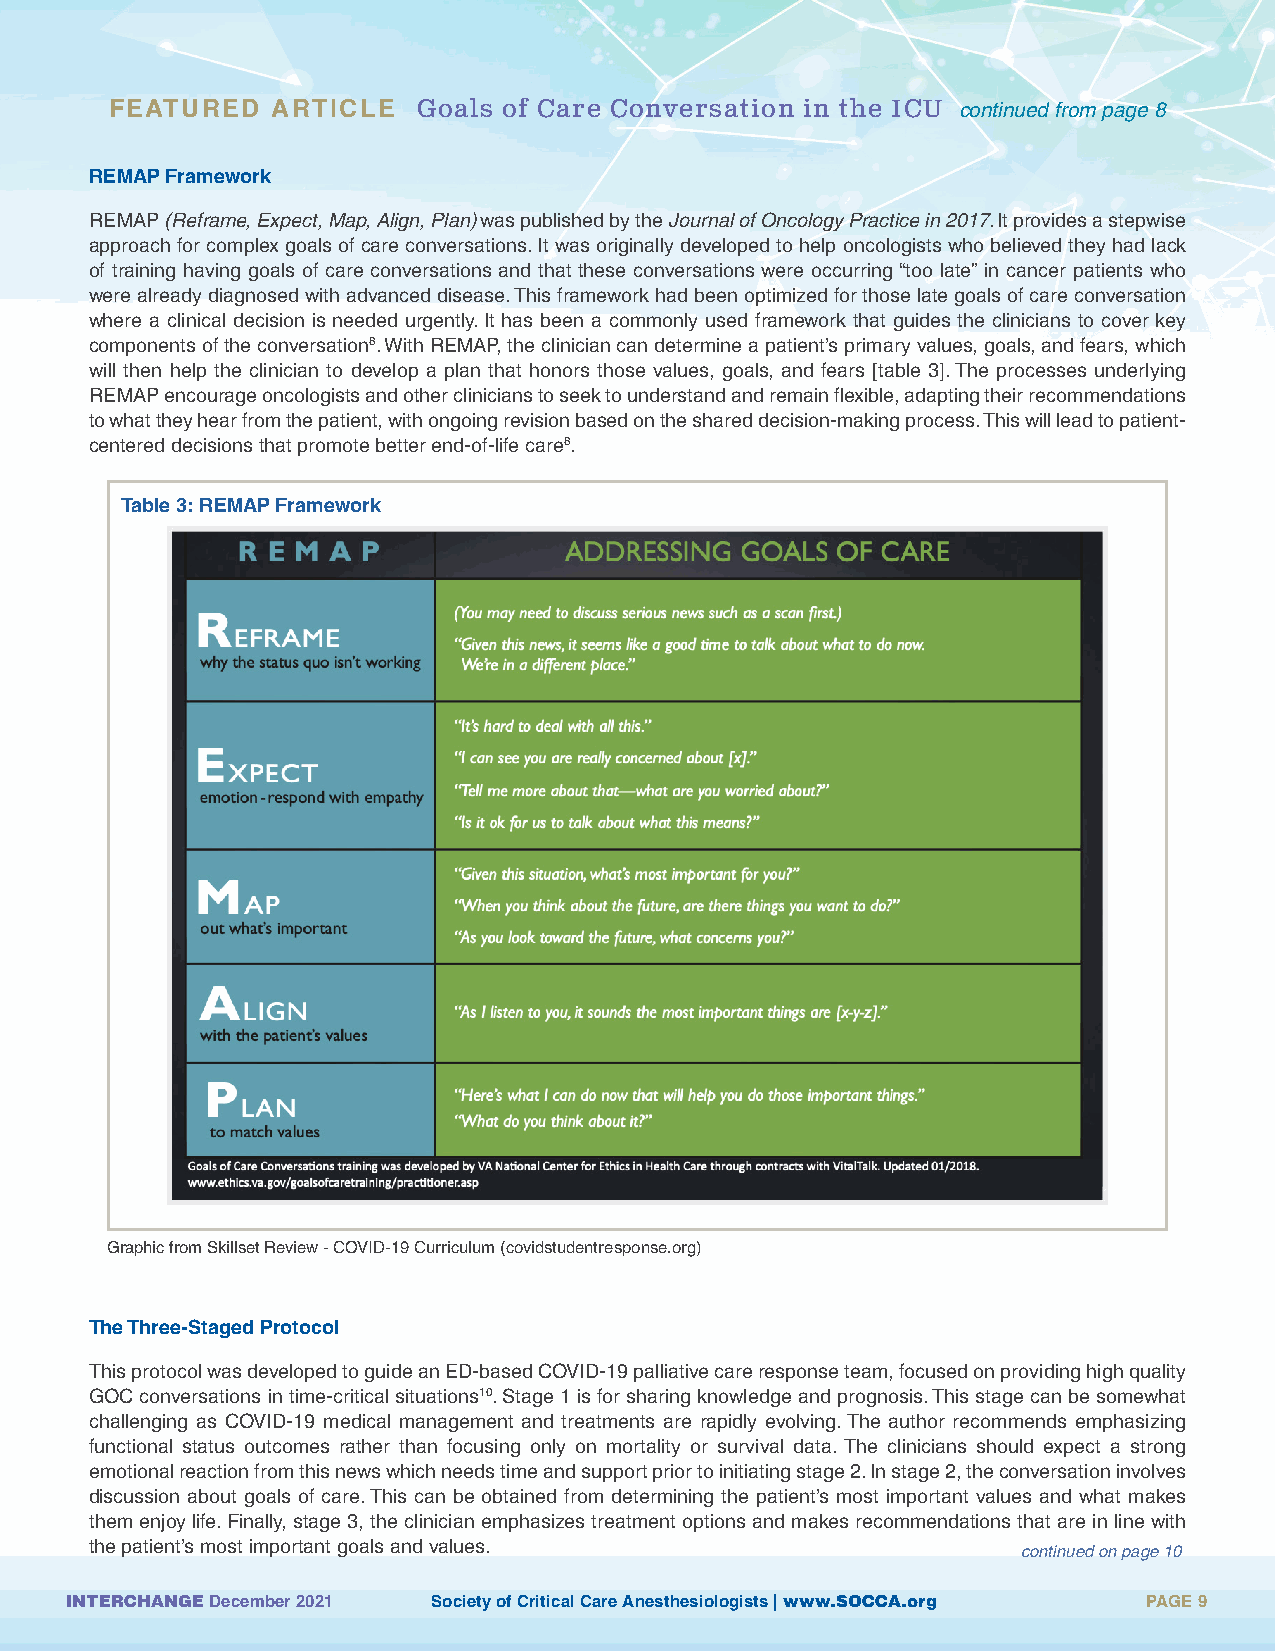
FEATURED   ARTICLE  Goals of Care Conversation in the ICU continued from page 8
 REMAP Framework
 REMAP (Reframe, Expect, Map, Align, Plan) was published by the Journal of Oncology Practice in 2017. It provides a stepwise
 approach for complex goals of care conversations. It was originally developed to help oncologists who believed they had lack
 of training having goals of care conversations and that these conversations were occurring “too late” in cancer patients who
 were already diagnosed with advanced disease. This framework had been optimized for those late goals of care conversation
 where a clinical decision is needed urgently. It has been a commonly used framework that guides the clinicians to cover key
 components of the conversation8. With REMAP, the clinician can determine a patient’s primary values, goals, and fears, which
 will then help the clinician to develop a plan that honors those values, goals, and fears [table 3]. The processes underlying
 REMAP encourage oncologists and other clinicians to seek to understand and remain flexible, adapting their recommendations
 to what they hear from the patient, with ongoing revision based on the shared decision-making process. This will lead to patient-
 centered decisions that promote better end-of-life care8.
 Table 3: REMAP Framework
 Graphic from Skillset Review - COVID-19 Curriculum (covidstudentresponse.org)
 The Three-Staged Protocol
 This protocol was developed to guide an ED-based COVID-19 palliative care response team, focused on providing high quality
 GOC conversations in time-critical situations10. Stage 1 is for sharing knowledge and prognosis. This stage can be somewhat
 challenging as COVID-19 medical management and treatments are rapidly evolving. The author recommends emphasizing
 functional status outcomes rather than focusing only on mortality or survival data. The clinicians should expect a strong
 emotional reaction from this news which needs time and support prior to initiating stage 2. In stage 2, the conversation involves
 discussion about goals of care. This can be obtained from determining the patient’s most important values and what makes
 them enjoy life. Finally, stage 3, the clinician emphasizes treatment options and makes recommendations that are in line with
 the patient’s most important goals and values.
 continued on page 10
 INTERCHANGE December 2021 Society of Critical Care Anesthesiologists | www.SOCCA.org PAGE 9